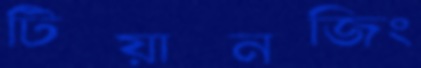
টিয়ানজিং